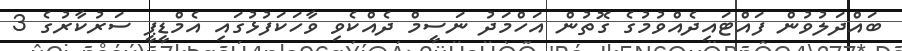
ބައްދަލުވުން ފައްޓަައިދެއްވުމުގެ ގޮތުން އަހްމަދު ނަސީމް ދެއްކެވި ވާހަކަފުޅުގައި އެމްޑީޕީ ސަރުކާރުގެ 3